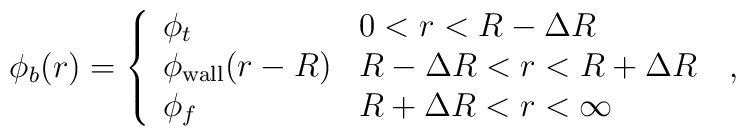
\phi_b(r)=\left\{\begin{array}{ll} \phi_t & \mbox{$0<r<R-\Delta R$} \\\phi_{\rm wall}(r-R) & \mbox{$R-\Delta R<r<R+\Delta R$} \\\phi_f & \mbox{$R+\Delta R<r<\infty$}\end{array} \right. \;,